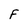
Character: F